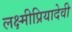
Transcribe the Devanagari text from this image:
लक्ष्मीप्रियादेवी